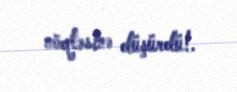
nöqtəsinə düşürdü!.